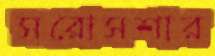
সরোসশার